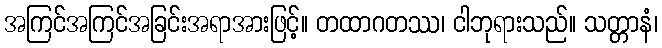
အကြင်အကြင်အခြင်းအရာအားဖြင့်။ တထာဂတဿ၊ ငါဘုရားသည်။ သတ္တာနံ၊